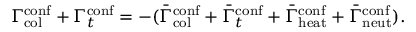
\Gamma _ { \mathrm { c o l } } ^ { \mathrm { c o n f } } + \Gamma _ { t } ^ { \mathrm { c o n f } } = - ( \bar { \Gamma } _ { \mathrm { c o l } } ^ { \mathrm { c o n f } } + \bar { \Gamma } _ { t } ^ { \mathrm { c o n f } } + \bar { \Gamma } _ { \mathrm { h e a t } } ^ { \mathrm { c o n f } } + \bar { \Gamma } _ { \mathrm { n e u t } } ^ { \mathrm { c o n f } } ) .